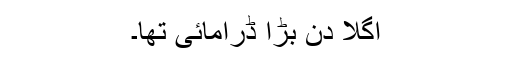
اگلا دن بڑا ڈرامائی تھا۔